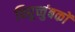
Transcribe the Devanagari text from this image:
विद्युच्चुंबकों